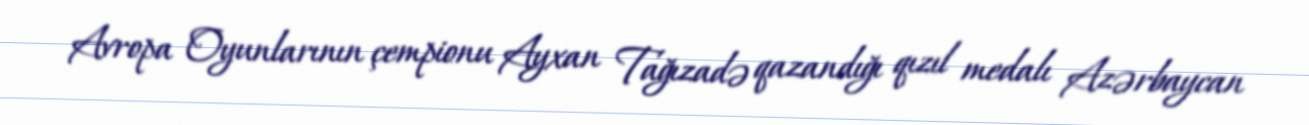
Avropa Oyunlarının çempionu Ayxan Tağızadə qazandığı qızıl medalı Azərbaycan